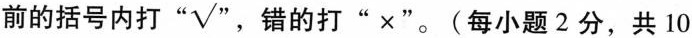
前的括号内打"☑“，错的打"×"。(每小题 2分，共10